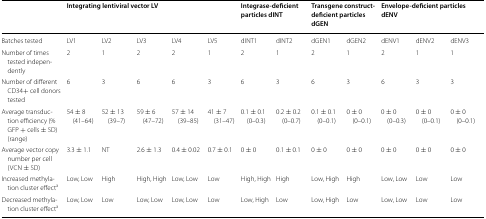
|  | <COLSPAN=5> Integrating lentiviral vector LV | <COLSPAN=2> Integrase-deficient particles dINT | <COLSPAN=2> Transgene construct- deficient particles dGEN | <COLSPAN=3> Envelope-deficient particles dENV |
 | --- | --- | --- | --- | --- | --- | --- | --- | --- | --- | --- | --- | --- |
 | Batches tested | LV1 | LV2 | LV3 | LV4 | LV5 | dINT1 | dINT2 | dGEN1 | dGEN2 | dENV1 | dENV2 | dENV3 |
 | Number of times tested independently | 2 | 1 | 2 | 2 | 1 | 2 | 1 | 2 | 1 | 2 | 1 | 1 |
 | Number of different CD34+ cell donors tested | 6 | 3 | 6 | 6 | 3 | 6 | 3 | 6 | 3 | 6 | 3 | 3 |
 | Average transduction efficiency (% GFP + cells ± SD) (range) | 54 ± 8 (41–64) | 52 ± 13 (39–7) | 59 ± 6 (47–72) | 57 ± 14 (39–85) | 41 ± 7 (31–47) | 0.1 ± 0.1 (0–0.3) | 0.2 ± 0.2 (0–0.7) | 0.1 ± 0.1 (0–0.1) | 0 ± 0 (0–0.1) | 0 ± 0 (0–0.3) | 0 ± 0 (0–0.1) | 0 ± 0 (0–0.1) |
 | Average vector copy number per cell (VCN ± SD) | 3.3 ± 1.1 | NT | 2.6 ± 1.3 | 0.4 ± 0.02 | 0.7 ± 0.1 | 0 ± 0 | 0.1 ± 0.1 | 0 ± 0 | 0 ± 0 | 0 ± 0 | 0 ± 0 | 0 ± 0 |
 | Increased methylation cluster effecta | Low, Low | High | High, High | Low, Low | Low | High, High | High | Low, High | High | Low, Low | Low | Low |
 | Decreased methylation cluster effecta | Low, Low | Low | Low, Low | Low, Low | Low | Low, High | Low | Low, High | Low | Low, Low | Low | Low |